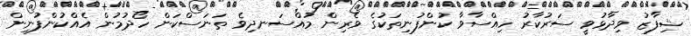
ޝިފާޒު ވިދާޅުވީ ސަރުކާރު ހިއްސާވާ ކުންފުނިތަކުގެ ވެރިން މުއްސަނދިވެ ތަނަސްކަން ހޯދުމުން އެއްކުންފުނިން